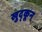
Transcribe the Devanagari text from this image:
खुद्कून